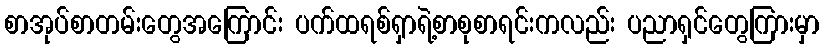
စာအုပ်စာတမ်းတွေအကြောင်း ပက်ထရစ်ရှာရဲ့စာစုစာရင်းကလည်း ပညာရှင်တွေကြားမှာ